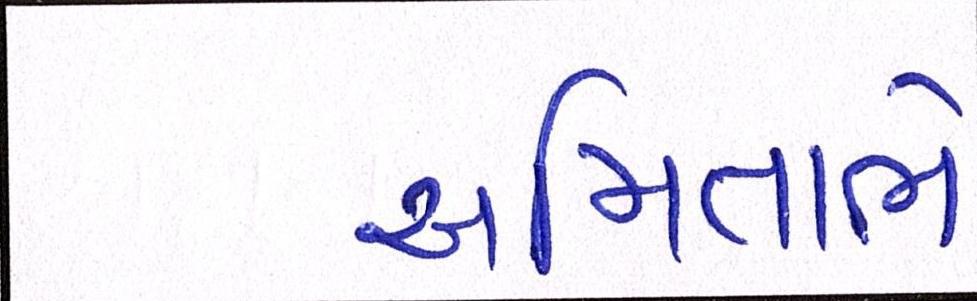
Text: અમિતાભે